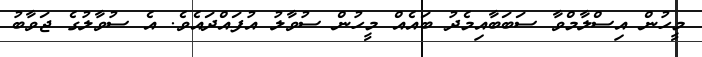
މީހުން އިސްލާމްވާ ސަބަބާއިމެދު ބައެއް މީހުން ސުވާލު އުފައްދައެވެ. އެ ސުވާލުގެ ޖަވާބު